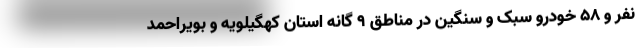
نفر و ٥٨ خودرو سبک و سنگین در مناطق ۹ گانه استان کهگیلویه و بویراحمد